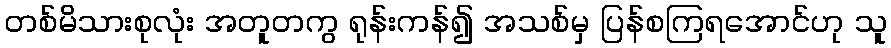
တစ်မိသားစုလုံး အတူတကွ ရုန်းကန်၍ အသစ်မှ ပြန်စကြရအောင်ဟု သူ